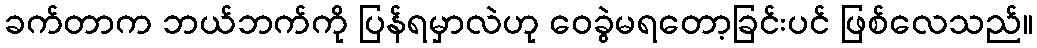
ခက်တာက ဘယ်ဘက်ကို ပြန်ရမှာလဲဟု ဝေခွဲမရတော့ခြင်းပင် ဖြစ်လေသည်။